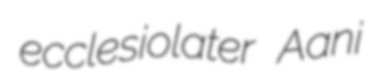
ecclesiolater Aani